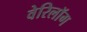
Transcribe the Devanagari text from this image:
वेरिलॉग